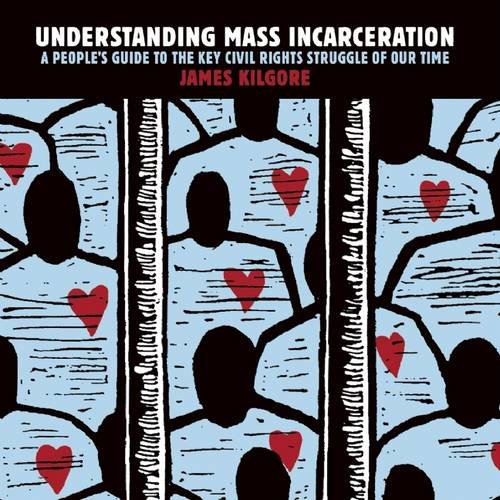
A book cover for Understanding Mass Incarceration: A People's Guide to the Key Civil Rights Struggle of Our Time; James Kilgore; Law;